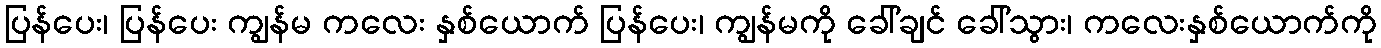
ပြန်ပေး၊ ပြန်ပေး ကျွန်မ ကလေး နှစ်ယောက် ပြန်ပေး၊ ကျွန်မကို ခေါ်ချင် ခေါ်သွား၊ ကလေးနှစ်ယောက်ကို